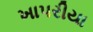
ખાપરીયા